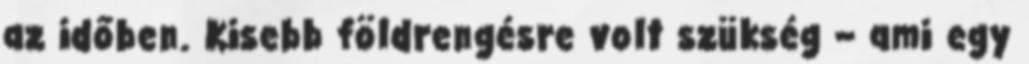
az időben. Kisebb földrengésre volt szükség – ami egy